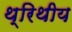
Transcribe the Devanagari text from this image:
थ्रिथीय